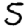
Digit: 5